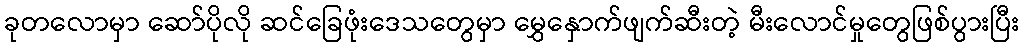
ခုတလောမှာ ဆော်ပိုလို ဆင်ခြေဖုံးဒေသတွေမှာ မွှေနှောက်ဖျက်ဆီးတဲ့ မီးလောင်မှုတွေဖြစ်ပွားပြီး